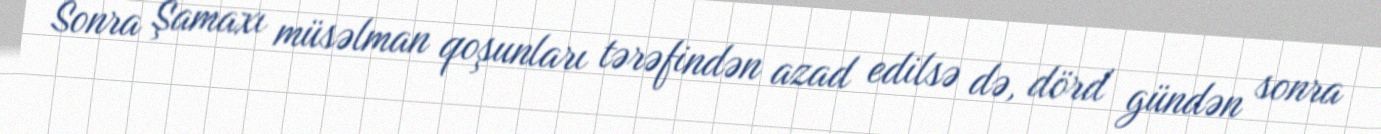
Sonra Şamaxı müsəlman qoşunları tərəfindən azad edilsə də, dörd gündən sonra